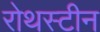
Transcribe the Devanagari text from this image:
रोथस्टीन